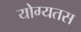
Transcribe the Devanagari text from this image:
योग्यतस